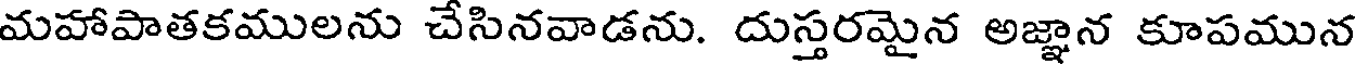
మహాపాతకములను చేసినవాడను. దుస్తరమైన అజ్ఞాన కూపమున